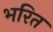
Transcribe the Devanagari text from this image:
भरित